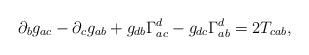
LaTeX: \begin{align*}\partial _bg_{ac}-\partial _cg_{ab}+g_{db}\Gamma _{ac}^d-g_{dc}\Gamma_{ab}^d=2T_{cab}, \end{align*}